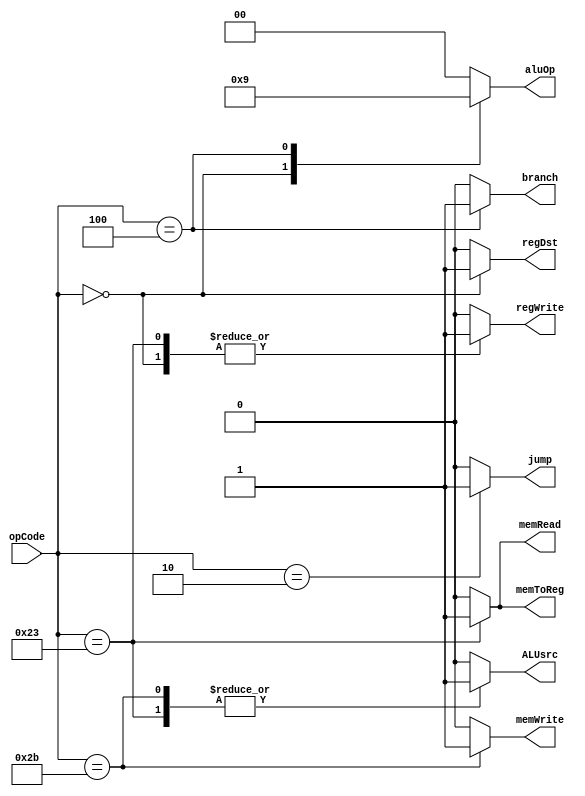
module Ctr(
    input [5:0] opCode,
    output regDst,
    output ALUsrc,
    output memToReg,
    output regWrite,
    output memRead,
    output memWrite,
    output branch,
    output [1:0] aluOp,
    output jump
    );
    
    reg regDst;
    reg ALUsrc;
    reg memToReg;
    reg regWrite;
    reg memRead;
    reg memWrite;
    reg branch;
    reg [1:0] aluOp;
    reg jump;
    
    always @(opCode)
    begin
        case(opCode)
        6'b000000://R type
        begin
            regDst=1;
            ALUsrc=0;
            memToReg=0;
            regWrite=1;
            memRead=0;
            memWrite=0;
            branch=0;
            aluOp=2'b10;
            jump=0;
        end
        6'b100011://lw type
        begin
            regDst=0;
            ALUsrc=1;
            memToReg=1;
            regWrite=1;
            memRead=1;
            memWrite=0;
            branch=0;
            aluOp=2'b00;
            jump=0;
        end
        6'b101011://sw type
        begin
            regDst=0;//x
            ALUsrc=1;
            memToReg=0;//x
            regWrite=0;
            memRead=0;
            memWrite=1;
            branch=0;
            aluOp=2'b00;
            jump=0;
        end
        6'b000100://beq type
        begin
            regDst=0;//x
            ALUsrc=0;
            memToReg=0;//x
            regWrite=0;
            memRead=0;
            memWrite=0;
            branch=1;
            aluOp=2'b01;
            jump=0;
        end
        6'b000010://jump
        begin
            regDst=0;
            ALUsrc=0;
            memToReg=0;
            regWrite=0;
            memRead=0;
            memWrite=0;
            branch=0;
            aluOp=2'b00;
            jump=1;
        end
        default:
        begin
            regDst=0;
            ALUsrc=0;
            memToReg=0;
            regWrite=0;
            memRead=0;
            memWrite=0;
            branch=0;
            aluOp=2'b00;
            jump=0;
        end
        endcase
    end

endmodule